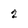
Character: 2